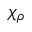
\chi _ { \rho }